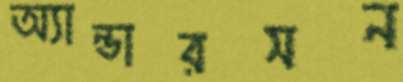
অ্যান্ডারসন